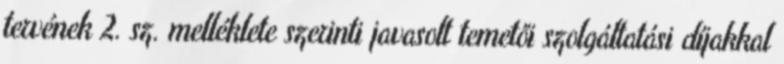
tervének 2. sz. melléklete szerinti javasolt temetői szolgáltatási díjakkal